Report on the metropolitan horse fairs and district horse shows of 1892-93 - 1892-1893
Year: 1892
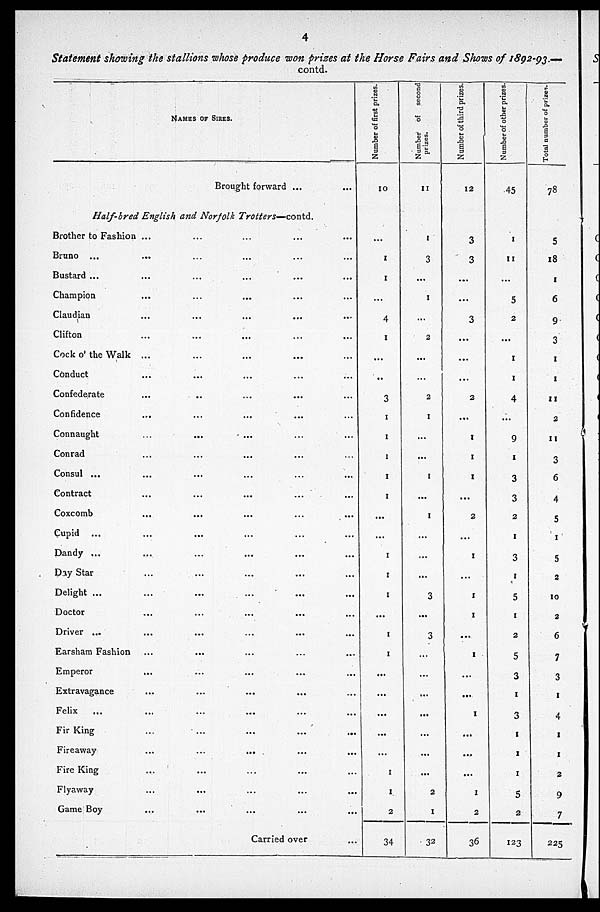
4
Statement showing the stallions whose produce won prizes at the Horse Fairs and Shows of 1892-93-
contd.
NAMES OF SIRES.
Brought forward ...
Half-bred English and Norfolk
Trotters—contd.
Brother to Fashion ... ... ... ...
Bruno ... ... ... ...
Bustard ... ... ... ... ...
Champion ... ... ... ...
Claudian ... ... ... ...
Clifton ... ... ... ...
Cock o' the Walk ... ... ... ... ...
Conduct ... ... ... ...
Confederate ... ... ... ...
Confidence ... ... ... ...
Connaught ... ... ... ...
Conrad ... ... ... ...
Consul ... ... ... ... ...
Contract ... ... ... ...
Coxcomb ... ... ... ...
Cupid ... ... ... ...
Dandy ... ... ... ... ...
Day Star ... ... ... ...
Delight ... ... ... ... ...
Doctor ... ... ... ...
Driver ... ... ... ... ...
Earsham Fashion ... ... ... ...
Emperor ... ... ... ...
Extravagance ... ... ... ...
Felix ... ... ... ...
Fir King ... ... ... ...
Fireaway ... ... ... ...
Fire King ... ... ... ...
Flyaway ... ... ... ...
Game Boy ... ... ... ...
Carried over ...
Number of first prizes.
10
...
1
1
...
4
1
...
..
3
1
1
1
1
1
...
...
1
1
1
...
1
1
...
...
1
...
...
1
1
2
34
Number of second
prizes.
11
1
3
...
1
...
2
...
...
2
1
...
...
1
...
1
...
...
...
3
...
3
...
...
...
...
...
...
...
2
1
32
Number of third prizes.
12
3
3
...
...
3
...
...
...
2
...
1
1
1
...
2
...
1
...
1
1
...
1
...
...
1
...
...
...
1
2
36
Number of other prizes.
45
1
11
...
5
2
...
1
1
4
...
9
1
3
3
2
1
3
1
5
1
2
5
3
1
3
1
1
1
5
2
123
Total number of prizes.
78
5
18
1
6
9
3
1
1
11
2
11
3
6
4
5
1
5
2
10
2
6
7
3
1
4
1
1
2
9
7
225